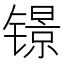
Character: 𲈚